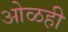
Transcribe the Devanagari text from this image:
ओळही